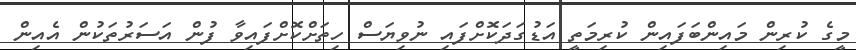
މީގެ ކުރިން މައިންބަފައިން ކުރިމަތީ އަޑުގަދަކޮށްފައި ނުވިޔަސް ހިތަށްކޮށްފައިވާ ފުން އަސަރުތަކުން އެއިން